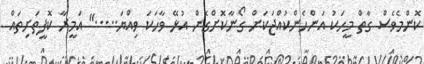
ކޮންމެވެސް ގާތް މީހަކު އަންހެންކުއްޖަކަށް ގޯނާކޮށްގެން އުޅޭ ވާހަކަ ވިއްޔަ....." އަމީރާ ކޮފީތަށިތައް